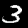
Label: 3